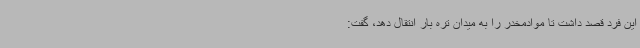
این فرد قصد داشت تا موادمخدر را به میدان تره بار انتقال دهد، گفت: